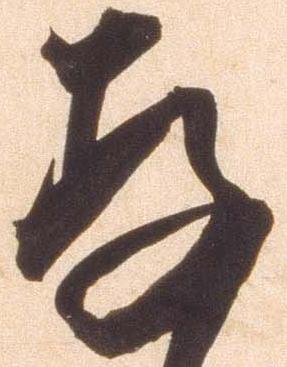
存